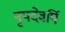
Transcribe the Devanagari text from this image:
नृपदेवर्षि